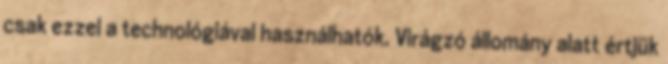
csak ezzel a technológiával használhatók. Virágzó állomány alatt értjük